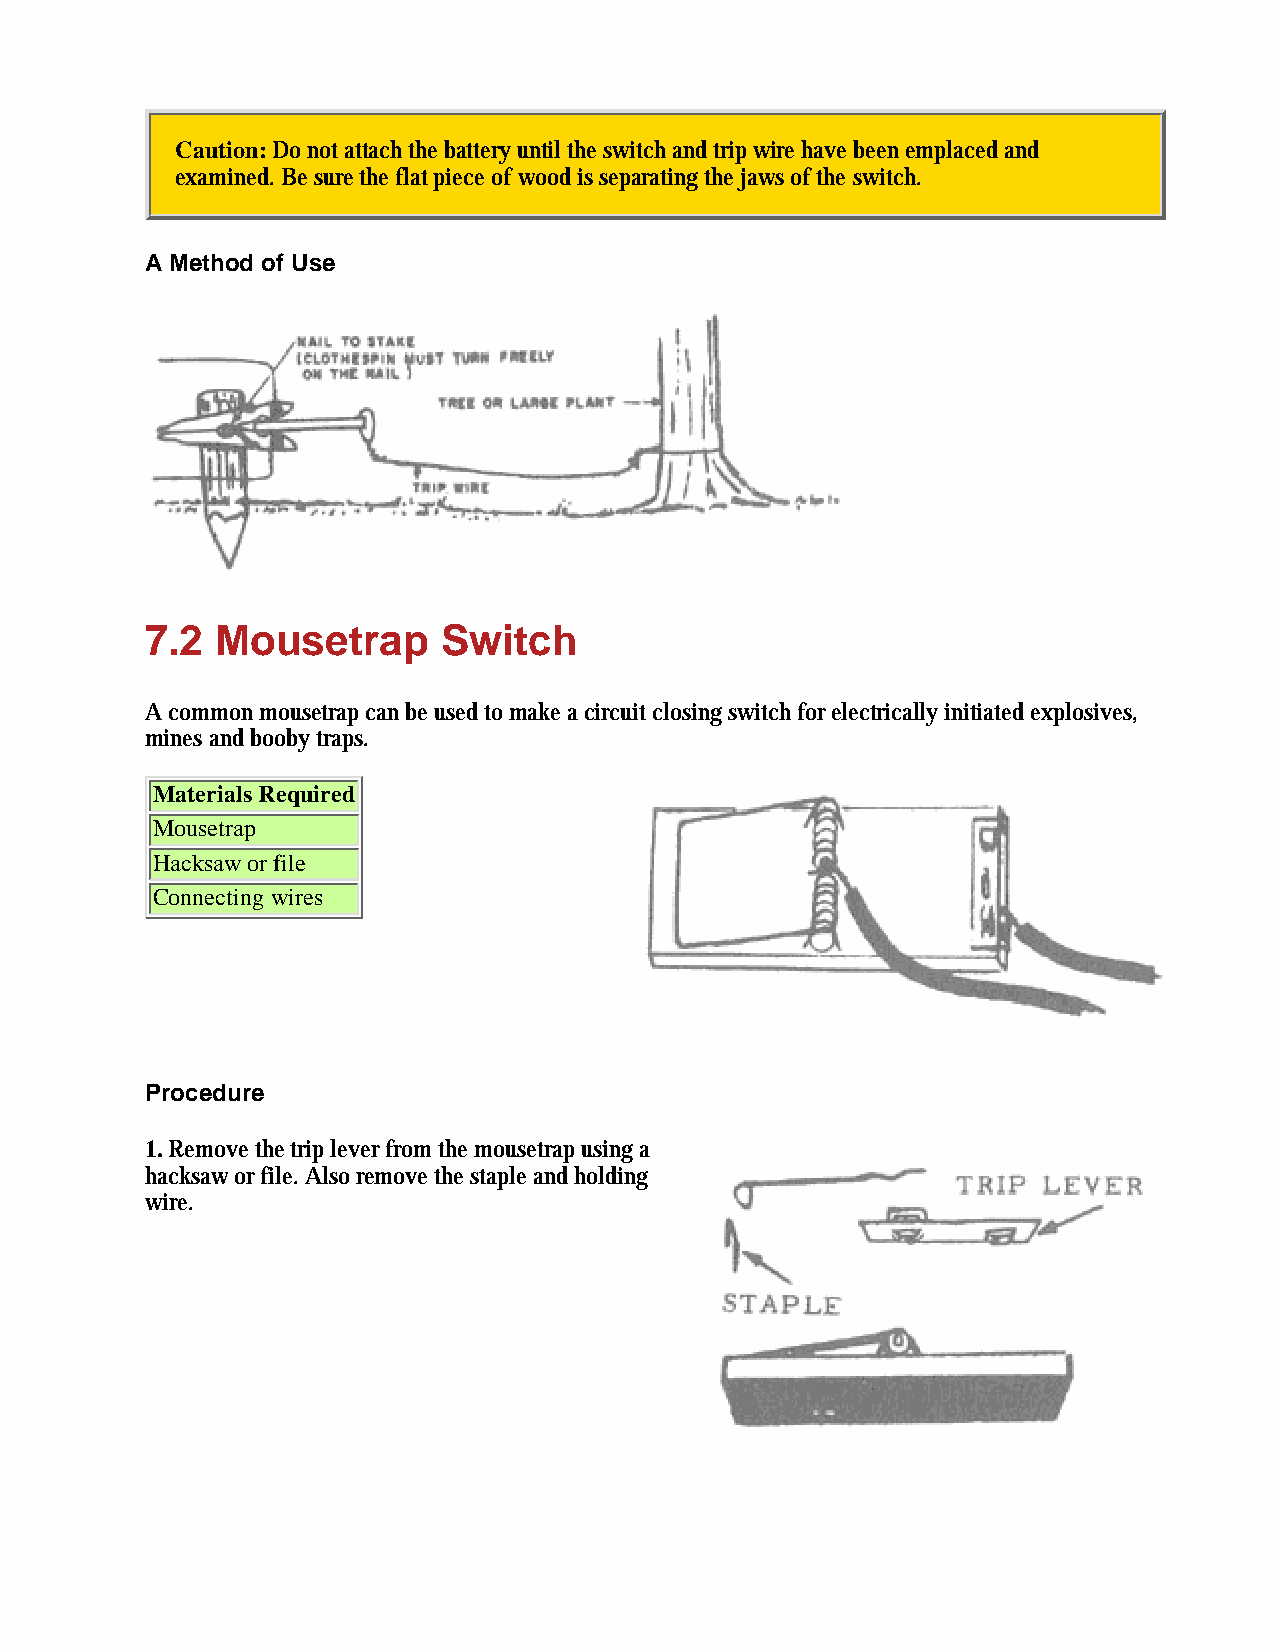
Caution: Do not attach the battery until the switch and trip wire have been emplaced and
 examined. Be sure the flat piece of wood is separating the jaws of the switch.
 A Method of Use
 7.2 Mousetrap      Switch
 A common mousetrap can be used to make a circuit closing switch for electrically initiated explosives,
 mines and booby traps.
 Materials Required
 Mousetrap
 Hacksaw or file
 Connecting wires
 Procedure
 1. Remove the trip lever from the mousetrap using a
 hacksaw or file. Also remove the staple and holding
 wire.